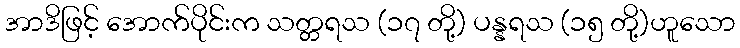
အာဒိဖြင့် အောက်ပိုင်းက သတ္တရသ (၁၇ တို့) ပန္နရသ (၁၅ တို့)ဟူသော